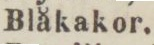
Blåkakor.